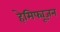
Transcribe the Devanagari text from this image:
हेमिफ्यूज़न